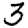
Digit: 3